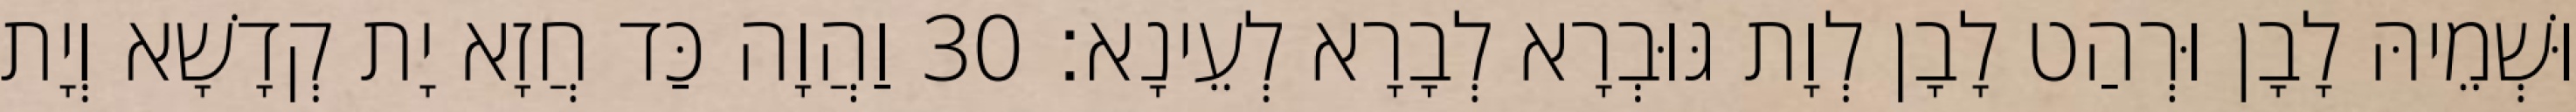
וּשְׁמֵיהּ לָבָן וּרְהַט לָבָן לְוָת גּוּבְרָא לְבָרָא לְעֵינָא׃ 30 וַהֲוָה כַּד חֲזָא יָת קְדָשָׁא וְיָת